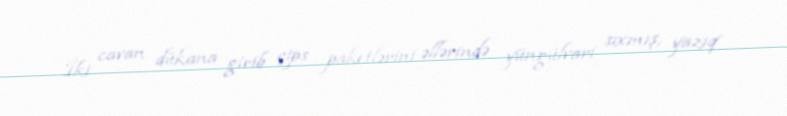
İki cavan dükana girib çips paketlərini əllərində yüngülvari sıxmış, yazıq